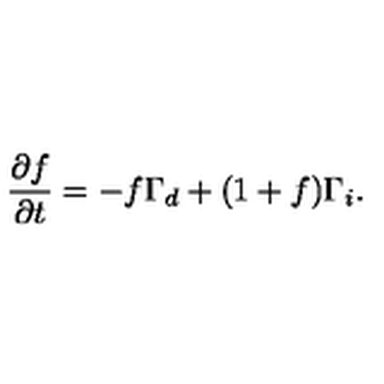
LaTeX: \frac { \partial f } { \partial t } = - f \Gamma _ { d } + ( 1 + f ) \Gamma _ { i } .